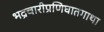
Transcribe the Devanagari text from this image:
भद्रचारीप्रणिघातगाथा